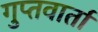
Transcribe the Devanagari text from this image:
गुप्तवार्ता